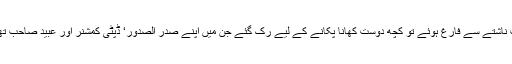
جب ناشتے سے فارغ ہوئے تو کچھ دوست کھانا پکانے کے لیے رک گئے جن میں اپنے صدر الصدور‘ ڈپٹی کمشنر اور عبید صاحب تھے۔